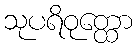
သုပရိဝုတ္ထော